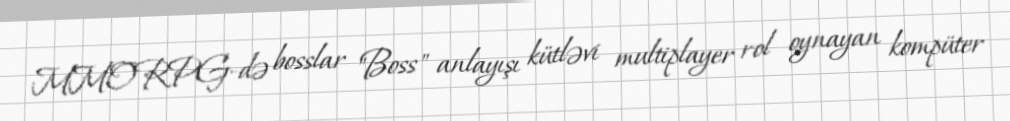
MMORPG-də bosslar "Boss" anlayışı kütləvi multiplayer rol oynayan kompüter